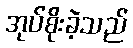
အုပ်စိုးခဲ့သည်